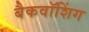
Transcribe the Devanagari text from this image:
बैकवॉशिंग